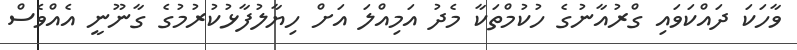
ވާހަކަ ދައްކަވައި ގްރުއާނުގެ ހުކުމްތަކާ މެދު އަމިއްލަ އަށް ހިޔާލުފާޅުކުރުމުގެ ގާނޫނީ އެއްވެސް